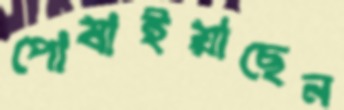
পোষাইয়াছেন